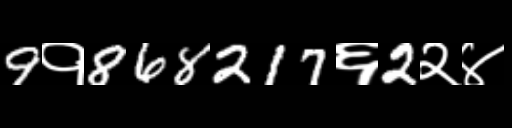
Text: 9१868217६2२४